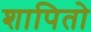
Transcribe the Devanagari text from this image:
शापितो